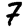
Digit: 7